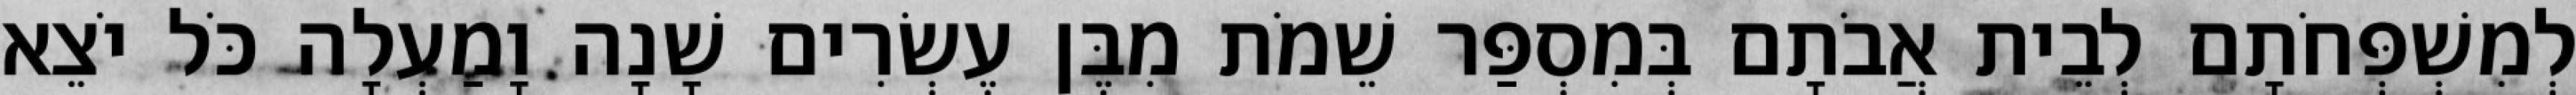
לְמִשְׁפְּחֹתָם לְבֵית אֲבֹתָם בְּמִסְפַּר שֵׁמֹת מִבֶּן עֶשְׂרִים שָׁנָה וָמַעְלָה כֹּל יֹצֵא